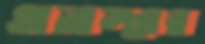
অনাস্থার